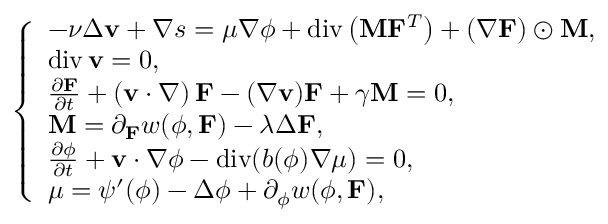
\left\{ \begin{array} { l l } { - \nu \Delta \mathbf { v } + \nabla s = \mu \nabla \phi + \ensuremath { \operatorname { d i v } } \left( \mathbf { M } \mathbf { F } ^ { T } \right) + \left( \nabla \mathbf { F } \right) \odot \mathbf { M } , } \\ { \ensuremath { \operatorname { d i v } } \mathbf { v } = 0 , } \\ { \frac { \partial \mathbf { F } } { \partial t } + \left( \mathbf { v } \cdot \nabla \right) \mathbf { F } - ( \nabla \mathbf { v } ) \mathbf { F } + \gamma \mathbf { M } = 0 , } \\ { \mathbf { M } = \partial _ { \mathbf { F } } w ( \phi , \mathbf { F } ) - \lambda \Delta \mathbf { F } , } \\ { \frac { \partial \phi } { \partial t } + \mathbf { v } \cdot \nabla \phi - \ensuremath { \operatorname { d i v } } ( b ( \phi ) \nabla \mu ) = 0 , } \\ { \mu = \psi ^ { \prime } ( \phi ) - \Delta \phi + \partial _ { \phi } w ( \phi , \mathbf { F } ) , } \end{array} \right.